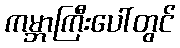
ကမ္ဘာကြီးပေါ်တွင်